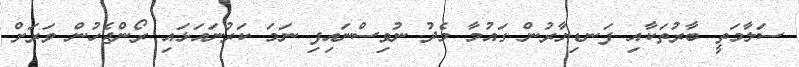
ސަލާމަތީ ބާރުތަކާއި ފަނޑިޔާރުން ގައުމާ މެދު ނުވިސްނައިފި ނަަމަ ކަރުނައަޅައި ރޯންޖެހުން ވަރަށް